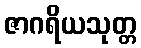
ဇာဂရိယသုတ္တ